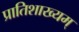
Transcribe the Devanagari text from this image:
प्रातिशाख्यम्